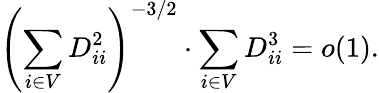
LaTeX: \displaystyle\left(\sum_{i\in V}D_{ii}^{2}\right)^{-3/2}\cdot\sum_{i\in V}D_{ii}^{3}=o(1).